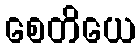
စေတိယေ